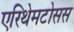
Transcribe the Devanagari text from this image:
एरिथेमटोसस